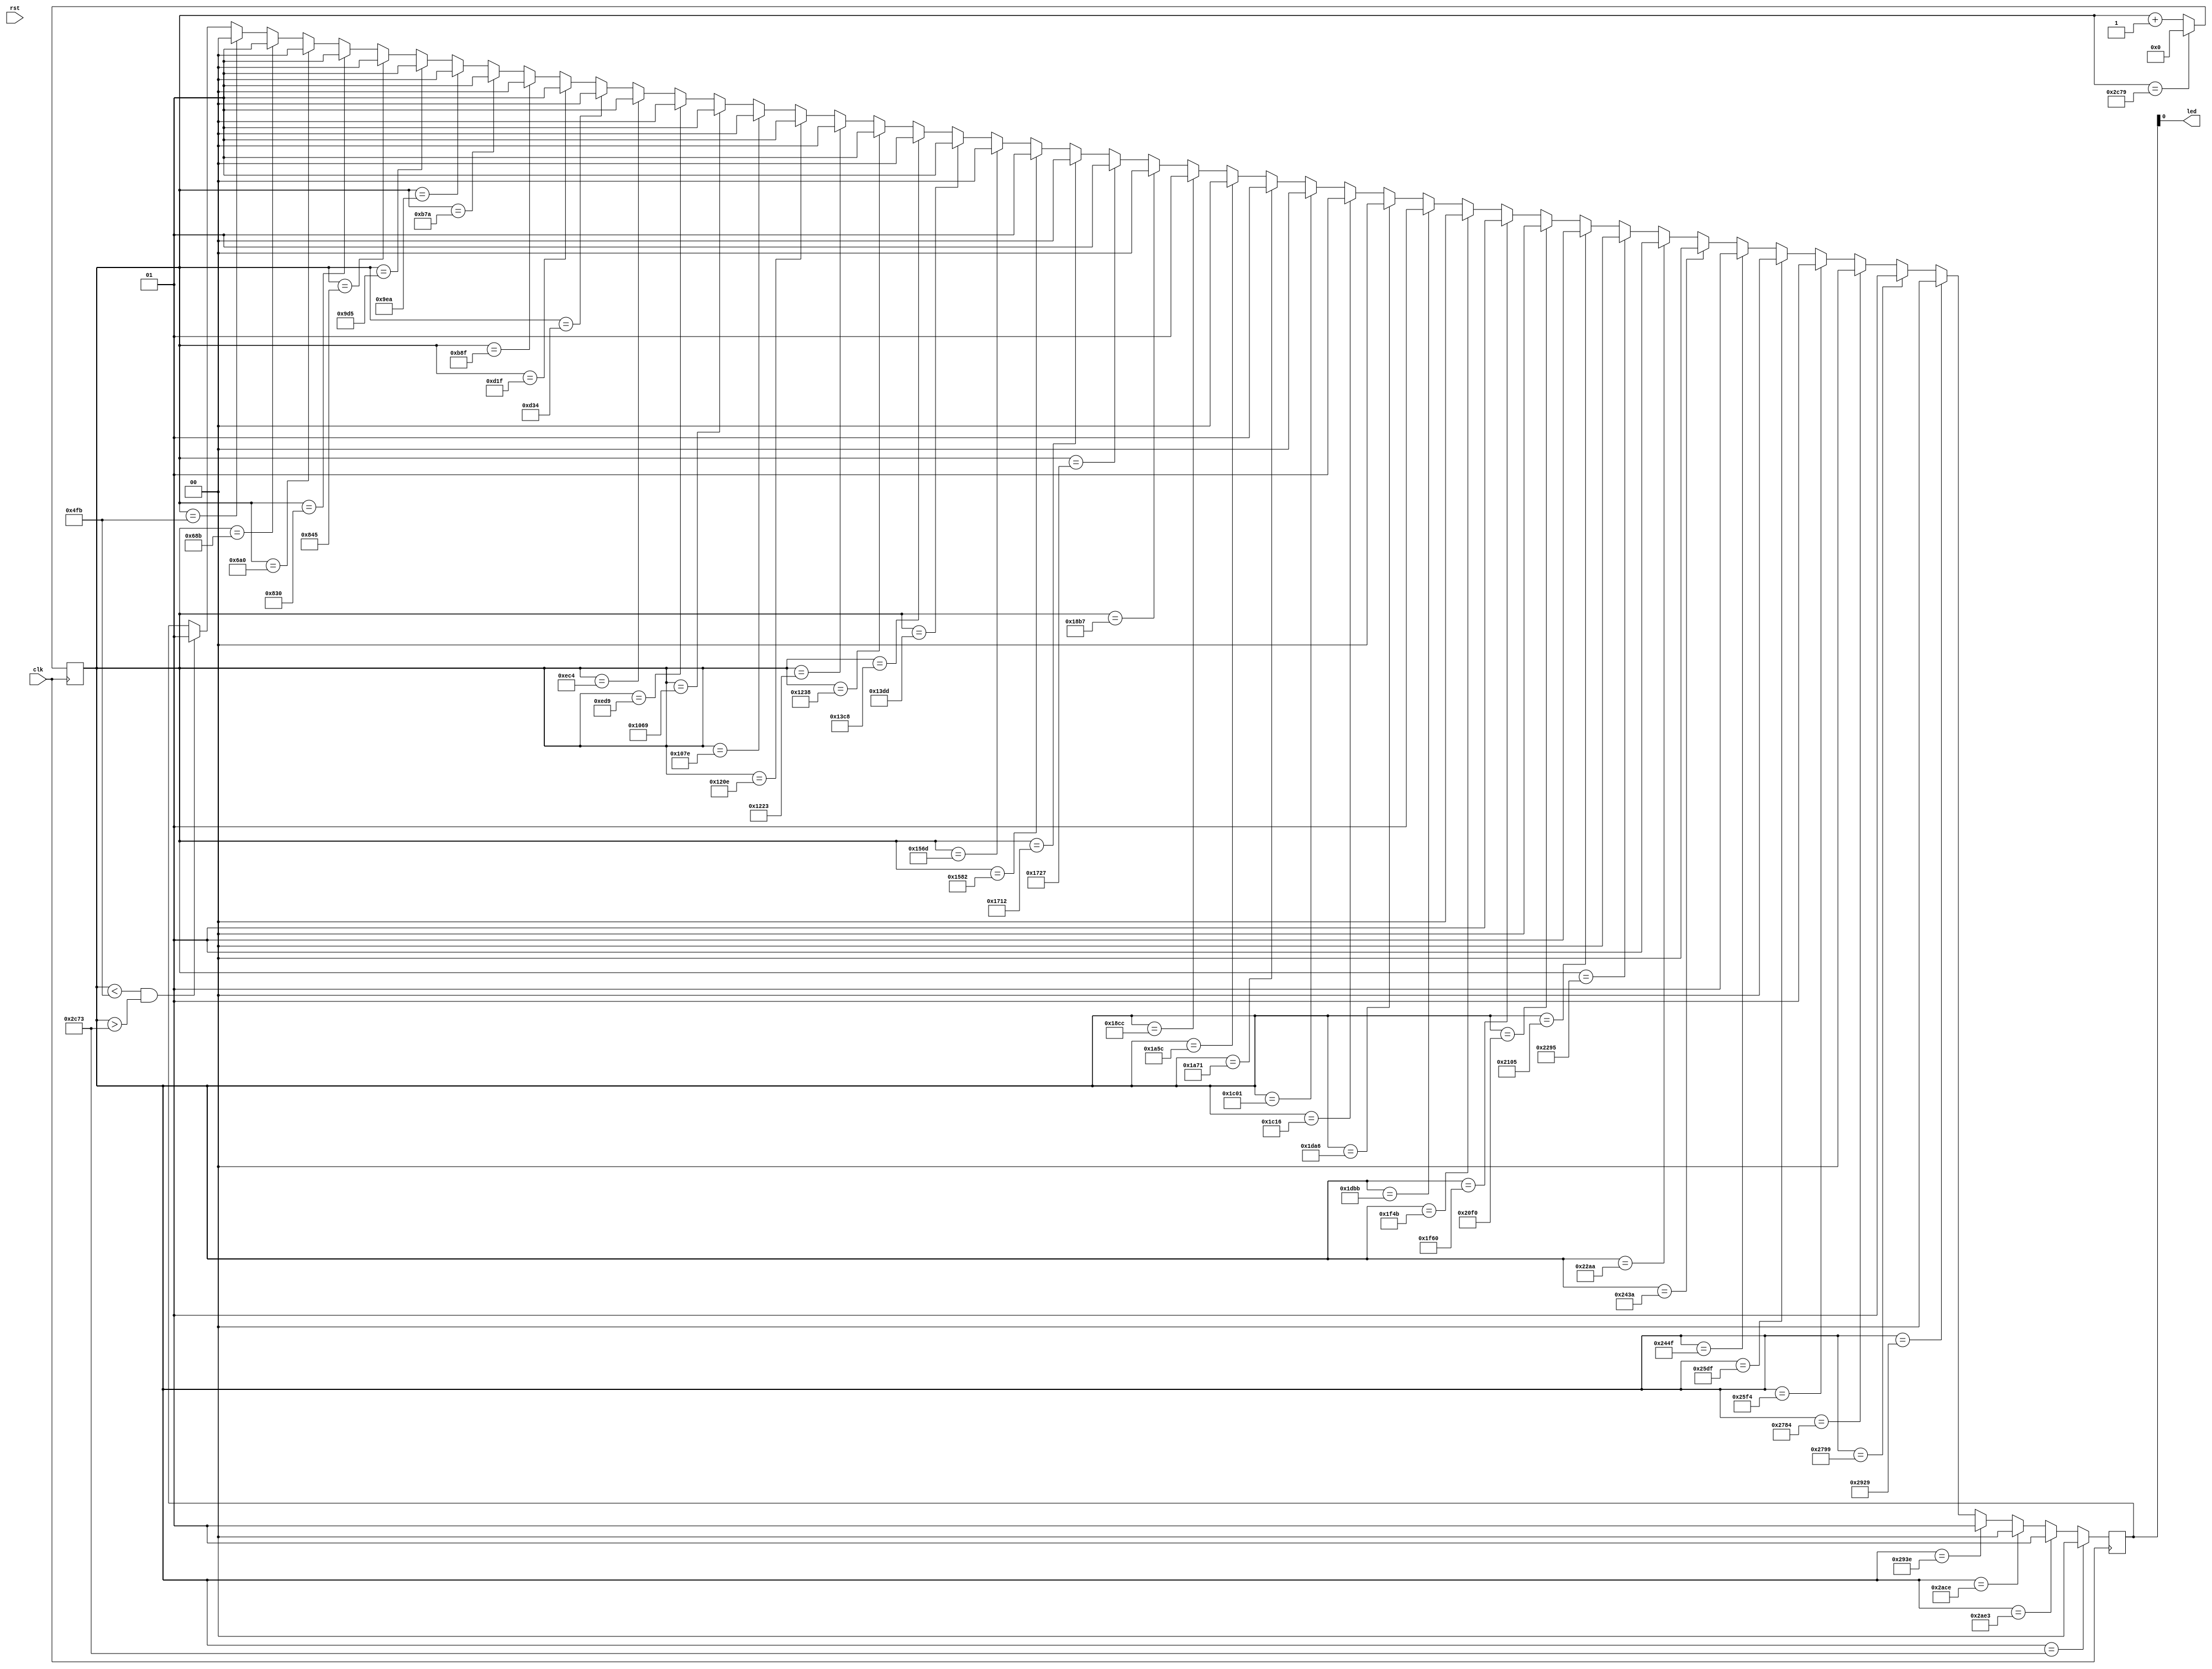
module top (
	input clk, rst,
	output led
);

	reg [1:0] stateLed;
	reg [24:0] counter;

	assign led = stateLed;

	always @ (posedge clk)
	begin
		counter<=counter+1;
		
		if(counter < 25'd1275 && counter > 25'd11379) stateLed <= 1'b1;
		if(counter==25'd1275) stateLed <= 1'b0; //Reset led
		
		//Green
		if(counter==25'd1675) stateLed <= 1'b1;
		if(counter==25'd1696) stateLed <= 1'b0;
		
		if(counter==25'd2096) stateLed <= 1'b1;
		if(counter==25'd2117) stateLed <= 1'b0;
		
		if(counter==25'd2517) stateLed <= 1'b1;
		if(counter==25'd2538) stateLed <= 1'b0;
		
		if(counter==25'd2938) stateLed <= 1'b1;
		if(counter==25'd2959) stateLed <= 1'b0;
		
		if(counter==25'd3359) stateLed <= 1'b1;
		if(counter==25'd3380) stateLed <= 1'b0;
		
		if(counter==25'd3780) stateLed <= 1'b1;
		if(counter==25'd3801) stateLed <= 1'b0;
		
		if(counter==25'd4201) stateLed <= 1'b1;
		if(counter==25'd4222) stateLed <= 1'b0;
		
		if(counter==25'd4622) stateLed <= 1'b1;
		if(counter==25'd4643) stateLed <= 1'b0;
		
		
		//Blue
		if(counter==25'd4664) stateLed <= 1'b1;
		if(counter==25'd5064) stateLed <= 1'b0;
		
		if(counter==25'd5085) stateLed <= 1'b1;
		if(counter==25'd5485) stateLed <= 1'b0;
		
		if(counter==25'd5506) stateLed <= 1'b1;
		if(counter==25'd5906) stateLed <= 1'b0;
		
		if(counter==25'd5927) stateLed <= 1'b1;
		if(counter==25'd6327) stateLed <= 1'b0;
		
		if(counter==25'd6348) stateLed <= 1'b1;
		if(counter==25'd6748) stateLed <= 1'b0;
		
		if(counter==25'd6769) stateLed <= 1'b1;
		if(counter==25'd7169) stateLed <= 1'b0;
		
		if(counter==25'd7190) stateLed <= 1'b1;
		if(counter==25'd7590) stateLed <= 1'b0;
		
		if(counter==25'd7611) stateLed <= 1'b1;
		if(counter==25'd8011) stateLed <= 1'b0;
		
		
		//Red
		if(counter==25'd8032) stateLed <= 1'b1;
		if(counter==25'd8432) stateLed <= 1'b0;
		
		if(counter==25'd8453) stateLed <= 1'b1;
		if(counter==25'd8853) stateLed <= 1'b0;
		
		if(counter==25'd8874) stateLed <= 1'b1;
		if(counter==25'd9274) stateLed <= 1'b0;
		
		if(counter==25'd9295) stateLed <= 1'b1;
		if(counter==25'd9695) stateLed <= 1'b0;
		
		if(counter==25'd9716) stateLed <= 1'b1;
		if(counter==25'd10116) stateLed <= 1'b0;
		
		if(counter==25'd10137) stateLed <= 1'b1;
		if(counter==25'd10537) stateLed <= 1'b0;
		
		if(counter==25'd10558) stateLed <= 1'b1;
		if(counter==25'd10958) stateLed <= 1'b0;
		
		if(counter==25'd10979) stateLed <= 1'b1;
		if(counter==25'd11379) stateLed <= 1'b0;
		
		
		//Reset
		if(counter==25'd11385)
		begin
			counter<=0;
		end
		
	end

endmodule